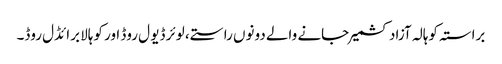
براستہ کوہالہ آزاد کشمیر جانے والے دونوں راستے، لوئر ڈیو ل روڈ اور کوہالا برائڈل روڈ۔